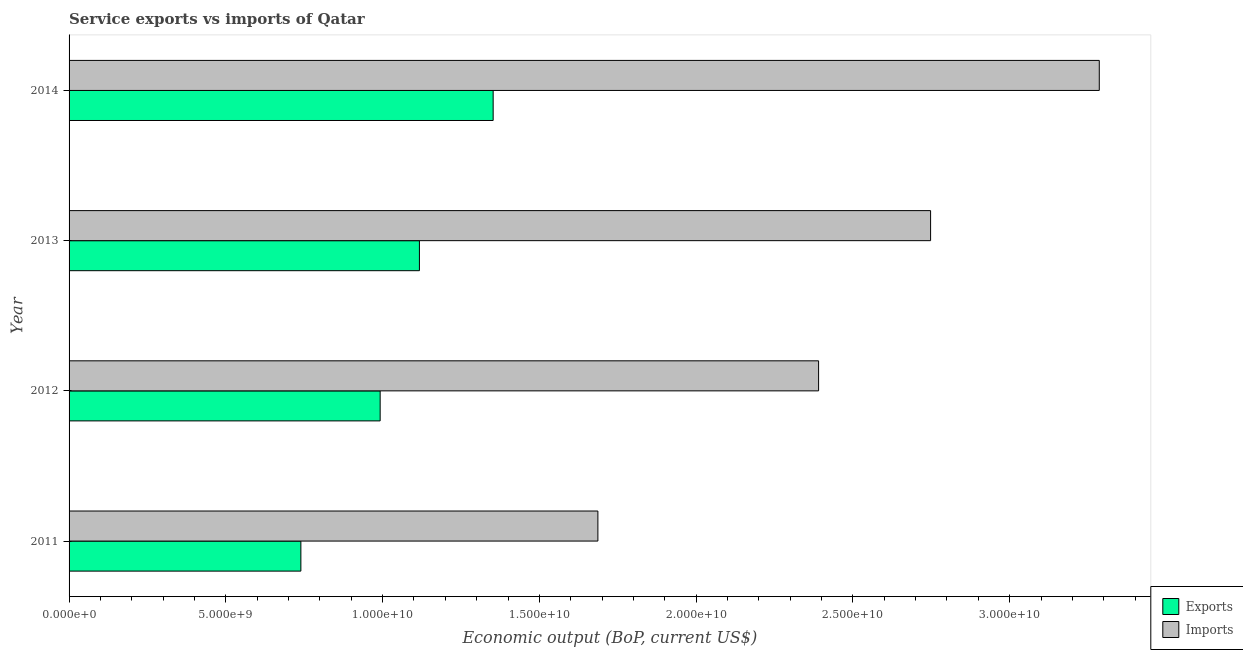
| Year | Exports | Imports |
 | --- | --- | --- |
 | 2011 | 7.39e+09 | 1.69e+10 |
 | 2012 | 9.92e+09 | 2.39e+10 |
 | 2013 | 1.12e+10 | 2.75e+10 |
 | 2014 | 1.35e+10 | 3.29e+10 |